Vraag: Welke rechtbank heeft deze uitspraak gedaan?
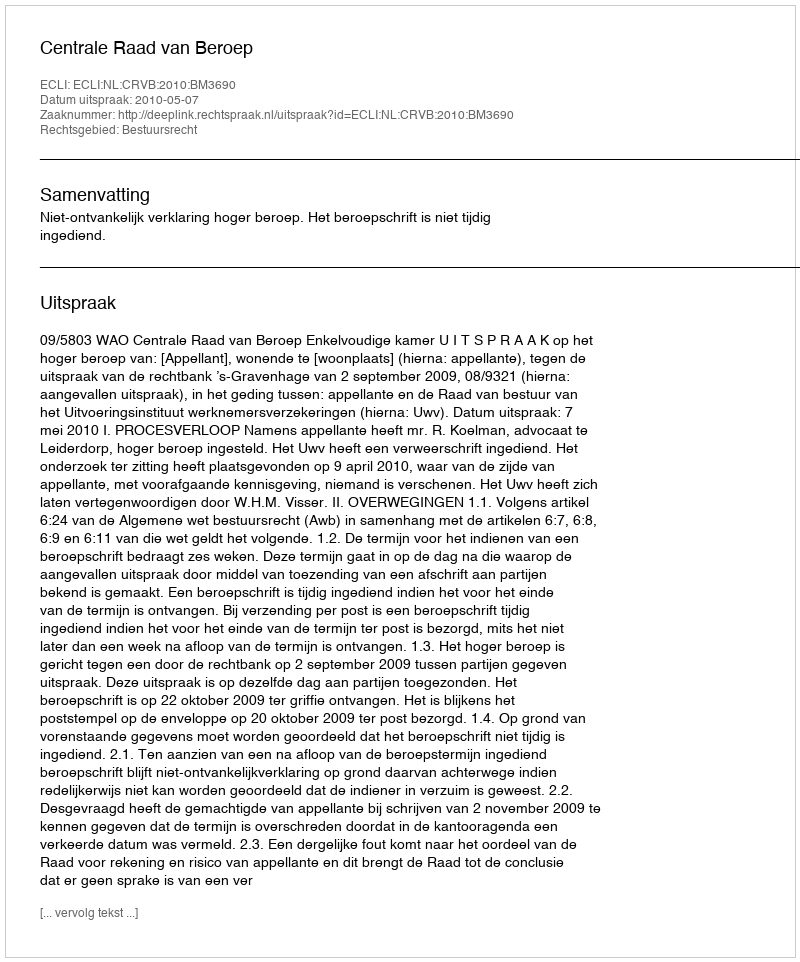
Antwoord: Centrale Raad van Beroep